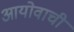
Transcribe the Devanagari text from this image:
आयोवाची